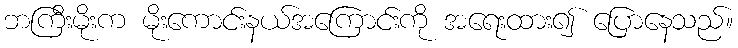
ဘကြီးမိုးက မိုးကောင်းနယ်အကြောင်းကို အရေးထား၍ ပြောနေသည်။